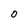
Character: 0